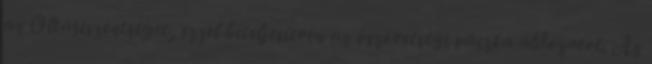
az Oltáriszentséget, ezzel beteljesítvén az ószövetségi pászka áldozatot. Az